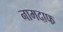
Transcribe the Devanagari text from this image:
नामदाफ